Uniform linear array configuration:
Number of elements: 8
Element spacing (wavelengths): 0.25
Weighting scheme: exponential
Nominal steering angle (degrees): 45
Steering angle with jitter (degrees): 45.846
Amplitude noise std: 0.05
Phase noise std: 0.05

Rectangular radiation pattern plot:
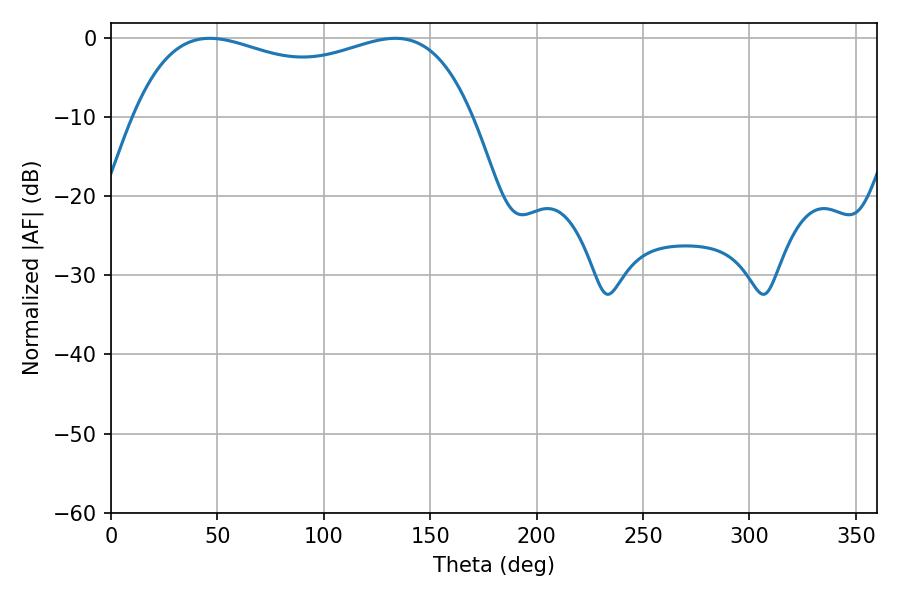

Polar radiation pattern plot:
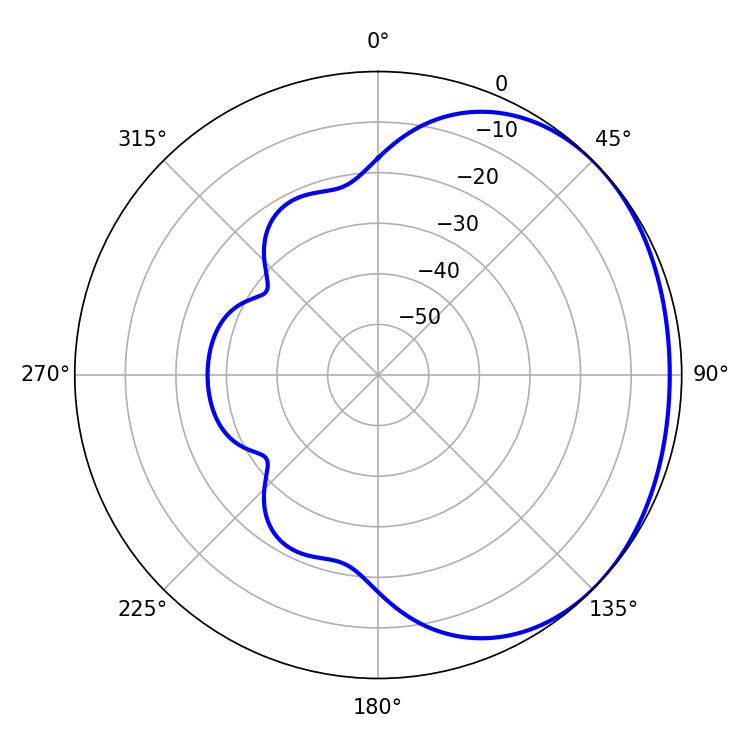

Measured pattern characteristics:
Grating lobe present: FALSE
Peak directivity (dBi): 1.391
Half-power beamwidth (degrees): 130.68
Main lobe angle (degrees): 46.44